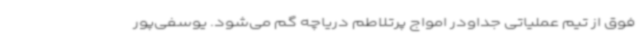
فوق از تیم عملیاتی جداودر امواج پرتلاطم دریاچه گم می‌شود. یوسفی‌پور